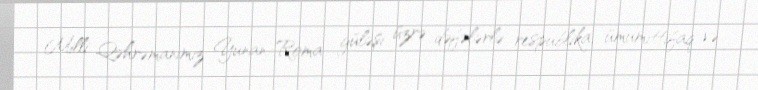
Milli Qəhrəmanımız Yunan-Roma güləşi üzrə dəfələrlə respublika, ümumittifaq və